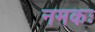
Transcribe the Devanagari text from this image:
नमकः